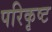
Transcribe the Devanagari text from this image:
परिकृष्ट